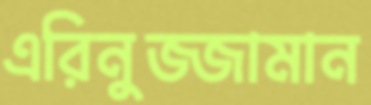
এরিনুজ্জামান